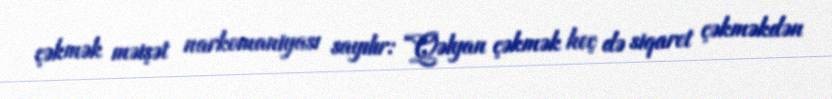
çəkmək məişət narkomaniyası sayılır: “Qəlyan çəkmək heç də siqaret çəkməkdən